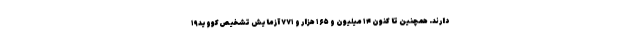
دارند. همچنین تا کنون ۱۴ میلیون و ۱۶۵ هزار و ۷۷۱ آزمایش تشخیص کووید۱۹